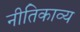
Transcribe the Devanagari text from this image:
नीतिकाव्य